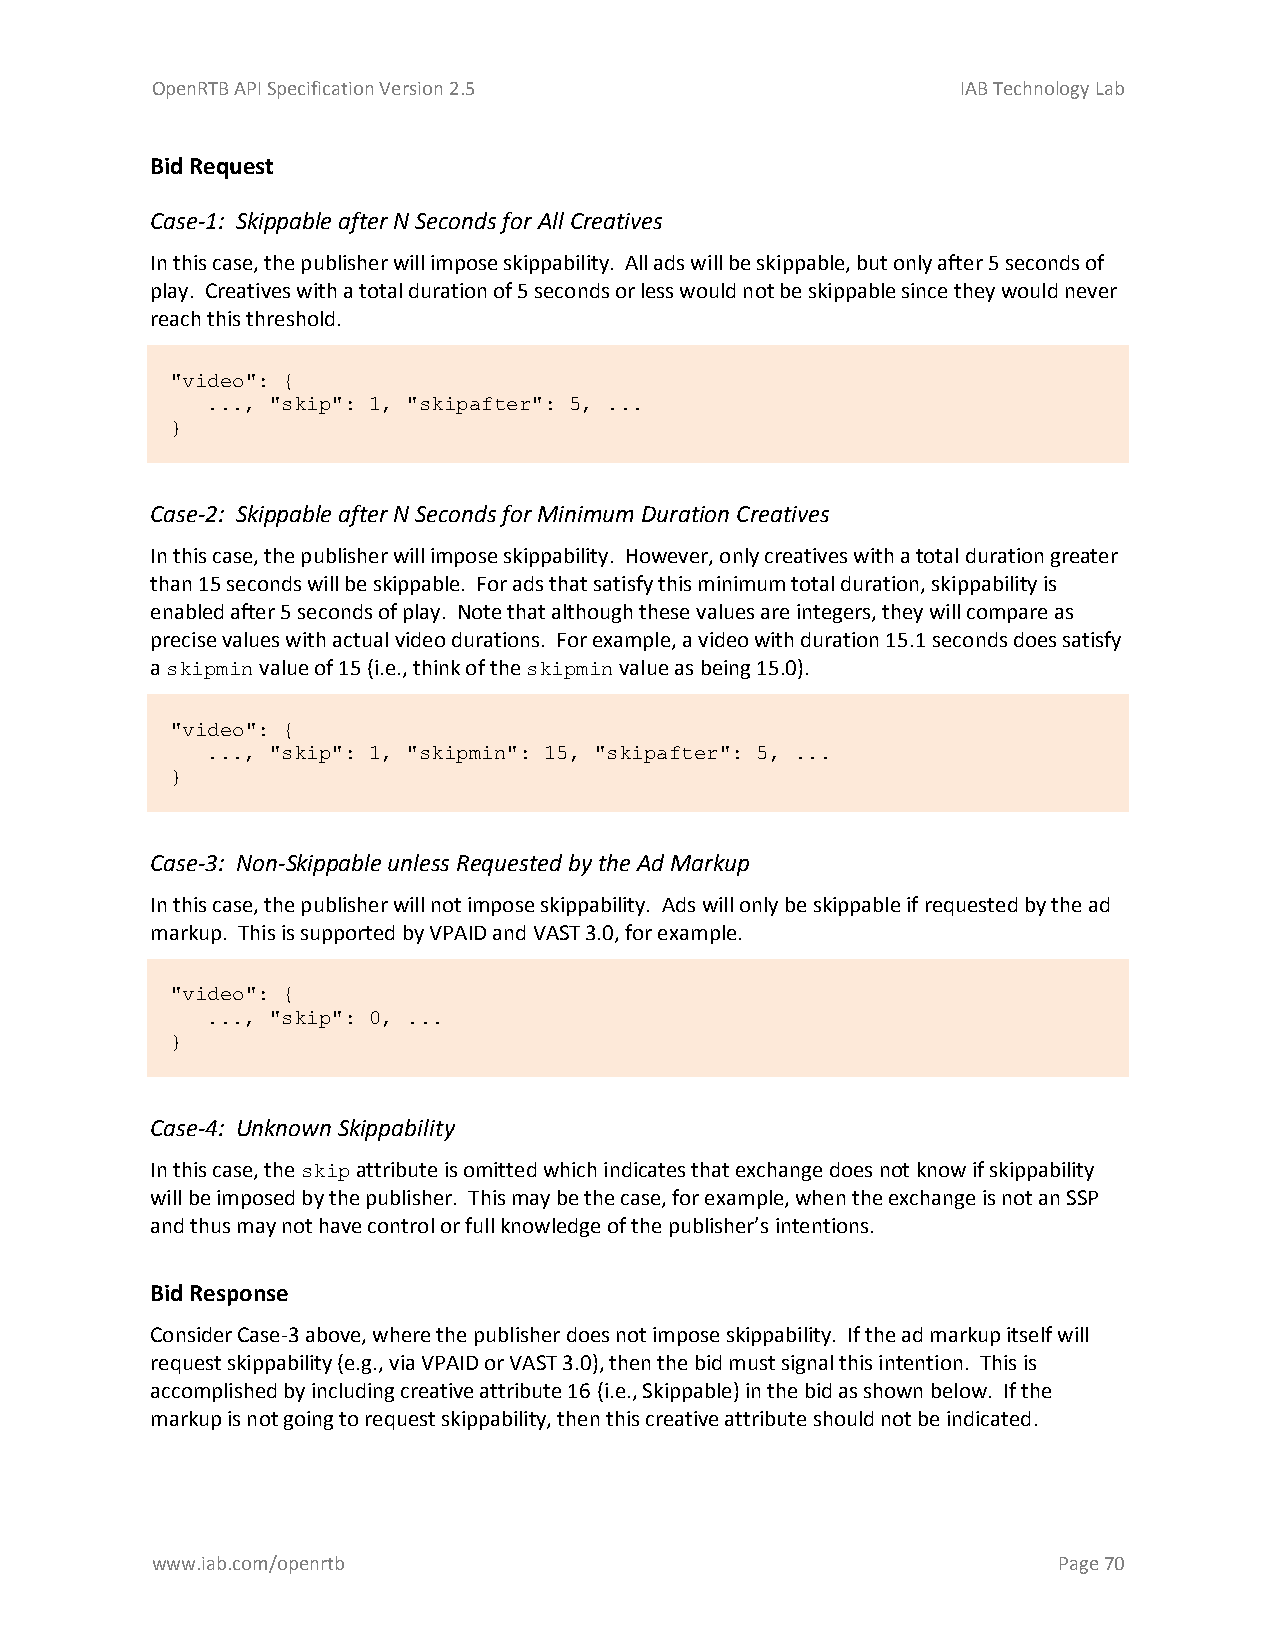
OpenRTB API Specification Version 2.5                 IAB Technology Lab
 Bid Request
 Case-1: Skippable after N Seconds for All Creatives
 In this case, the publisher will impose skippability. All ads will be skippable, but only after 5 seconds of
 play. Creatives with a total duration of 5 seconds or less would not be skippable since they would never
 reach this threshold.
 "video": {
 ..., "skip": 1, "skipafter": 5, ...
 }
 Case-2: Skippable after N Seconds for Minimum Duration Creatives
 In this case, the publisher will impose skippability. However, only creatives with a total duration greater
 than 15 seconds will be skippable. For ads that satisfy this minimum total duration, skippability is
 enabled after 5 seconds of play. Note that although these values are integers, they will compare as
 precise values with actual video durations. For example, a video with duration 15.1 seconds does satisfy
 a skipmin value of 15 (i.e., think of the skipmin value as being 15.0).
 "video": {
 ..., "skip": 1, "skipmin": 15, "skipafter": 5, ...
 }
 Case-3: Non-Skippable unless Requested by the Ad Markup
 In this case, the publisher will not impose skippability. Ads will only be skippable if requested by the ad
 markup. This is supported by VPAID and VAST 3.0, for example.
 "video": {
 ..., "skip": 0, ...
 }
 Case-4: Unknown Skippability
 In this case, the skip attribute is omitted which indicates that exchange does not know if skippability
 will be imposed by the publisher. This may be the case, for example, when the exchange is not an SSP
 and thus may not have control or full knowledge of the publisher’s intentions.
 Bid Response
 Consider Case-3 above, where the publisher does not impose skippability. If the ad markup itself will
 request skippability (e.g., via VPAID or VAST 3.0), then the bid must signal this intention. This is
 accomplished by including creative attribute 16 (i.e., Skippable) in the bid as shown below. If the
 markup is not going to request skippability, then this creative attribute should not be indicated.
 www.iab.com/openrtb                                         Page 70